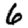
Digit: 6